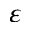
\varepsilon